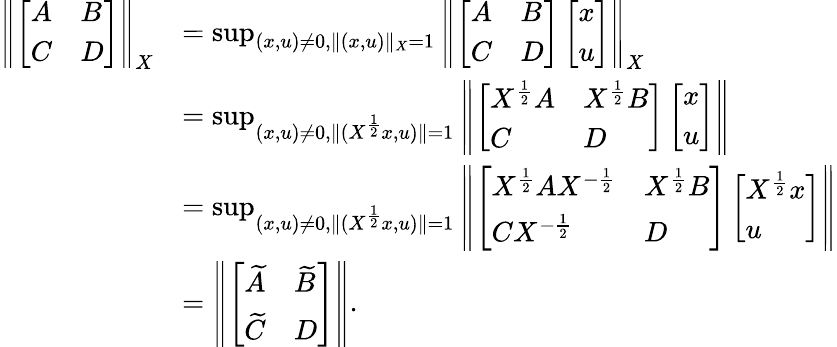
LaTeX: \begin{array}{rl}{\left\| \left[\begin{array}{ll}{A}&{B}\\ {C}&{D}\end{array}\right]\right\| _{X}}&{=\operatorname*{sup}_{(x,u)\neq 0,\| (x,u)\| _{X}=1}\left\| \left[\begin{array}{ll}{A}&{B}\\ {C}&{D}\end{array}\right]\left[\begin{array}{l}{x}\\ {u}\end{array}\right]\right\| _{X}}\\ &{=\operatorname*{sup}_{(x,u)\neq 0,\| (X^{\frac{1}{2}}x,u)\| =1}\left\| \left[\begin{array}{ll}{X^{\frac{1}{2}}A}&{X^{\frac{1}{2}}B}\\ {C}&{D}\end{array}\right]\left[\begin{array}{l}{x}\\ {u}\end{array}\right]\right\| }\\ &{=\operatorname*{sup}_{(x,u)\neq 0,\| (X^{\frac{1}{2}}x,u)\| =1}\left\| \left[\begin{array}{ll}{X^{\frac{1}{2}}AX^{-\frac{1}{2}}}&{X^{\frac{1}{2}}B}\\ {CX^{-\frac{1}{2}}}&{D}\end{array}\right]\left[\begin{array}{l}{X^{\frac{1}{2}}x}\\ {u}\end{array}\right]\right\| }\\ &{=\left\| \left[\begin{array}{ll}{\widetilde{A}}&{\widetilde{B}}\\ {\widetilde{C}}&{D}\end{array}\right]\right\| .}\end{array}